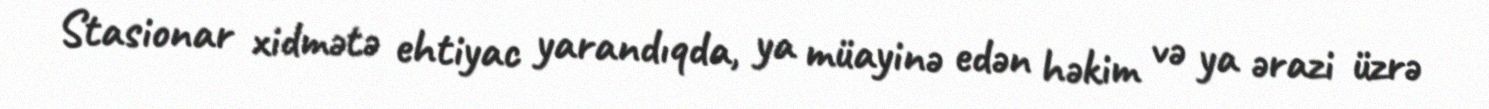
Stasionar xidmətə ehtiyac yarandıqda, ya müayinə edən həkim və ya ərazi üzrə